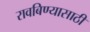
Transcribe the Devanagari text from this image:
रावबिण्यासाठी